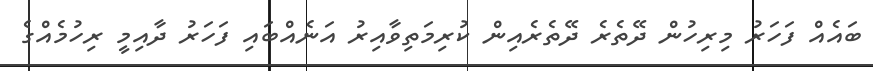
ބައެއް ފަހަރު މިރިހުން ދޭތެރެ ދޭތެރެއިން ކުރިމަތިވާއިރު އަނެއްބައި ފަހަރު ދާއިމީ ރިހުމެއްގެ